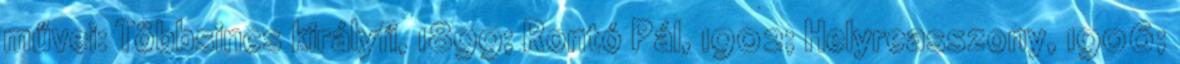
művei: Többsincs királyfi, 1899; Rontó Pál, 1902; Helyreasszony, 1906;